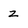
Character: z